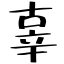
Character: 辜